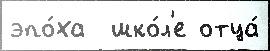
эпо́ха  шко́л'е отца́